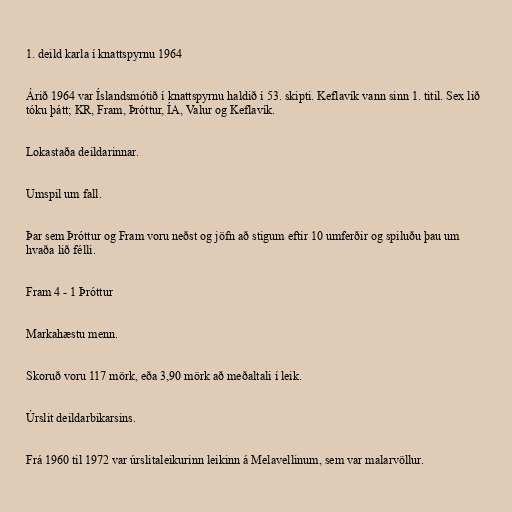
1. deild karla í knattspyrnu 1964

Árið 1964 var Íslandsmótið í knattspyrnu haldið í 53. skipti. Keflavík vann sinn 1. titil. Sex lið
tóku þátt; KR, Fram, Þróttur, ÍA, Valur og Keflavík.

Lokastaða deildarinnar.

Umspil um fall.

Þar sem Þróttur og Fram voru neðst og jöfn að stigum eftir 10 umferðir og spiluðu þau um
hvaða lið félli.

Fram 4 - 1 Þróttur

Markahæstu menn.

Skoruð voru 117 mörk, eða 3,90 mörk að meðaltali í leik.

Úrslit deildarbikarsins.

Frá 1960 til 1972 var úrslitaleikurinn leikinn á Melavellinum, sem var malarvöllur.